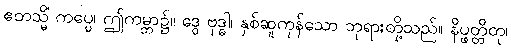
ဧတသ္မိံ ကပ္ပေ၊ ဤကမ္ဘာ၌။ ဒွေ ဗုဒ္ဓါ၊ နှစ်ဆူကုန်သော ဘုရားတို့သည်။ နိပ္ဖတ္တိတု၊